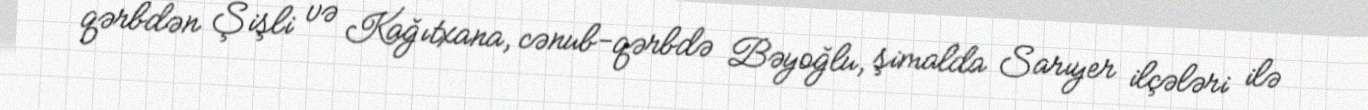
qərbdən Şişli və Kağıtxana, cənub-qərbdə Bəyoğlu, şimalda Sarıyer ilçələri ilə